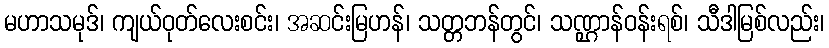
မဟာသမုဒ်၊ ကျယ်ဝုတ်လေးစင်း၊ အဆင်းမြဟန်၊ သတ္တဘန်တွင်၊ သဏ္ဌာန်ဝန်းရစ်၊ သီဒါမြစ်လည်း၊